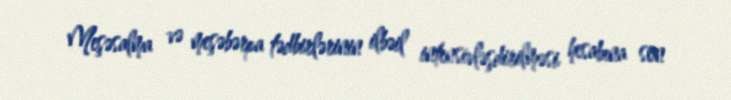
Meşəsalma və meşəbərpa tədbirlərinin ilbəil intensivləşdirilməsi hesabına son